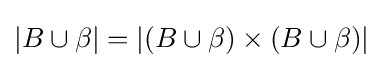
|B\cup \beta |=|(B\cup \beta )\times (B\cup \beta )|